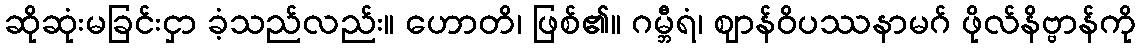
ဆိုဆုံးမခြင်းငှာ ခံ့သည်လည်း။ ဟောတိ၊ ဖြစ်၏။ ဂမ္ဘီရံ၊ ဈာန်ဝိပဿနာမဂ် ဖိုလ်နိဗ္ဗာန်ကို